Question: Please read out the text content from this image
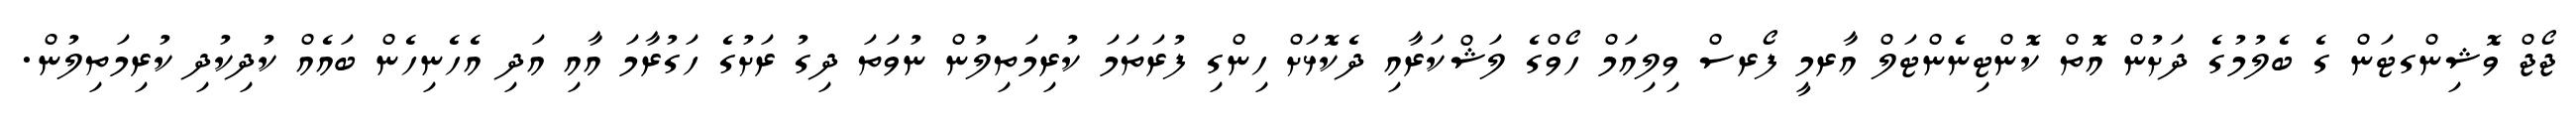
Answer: ޖޯޖް ވޮޝިންގޓަން ގެ ބެލުމުގެ ދަށުން އޮތް ކޮންޓިނެންޓަލް އާރމީ ފޯރސް ވިލިއަމް ހޯވްގެ ލަޝްކަރާއި ދެކޮޅަށް ހިންގި ފުރަތަމަ ކުރިމަތިލުން ނުވަތަ ދިގު ރަށުގެ ހަގުރާމަ އާއި އަދި އެހެނިހެން ބައެއް ކުދިކުދި ކުރިމަތިލުން.